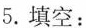
5.填空：